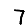
Digit: 7